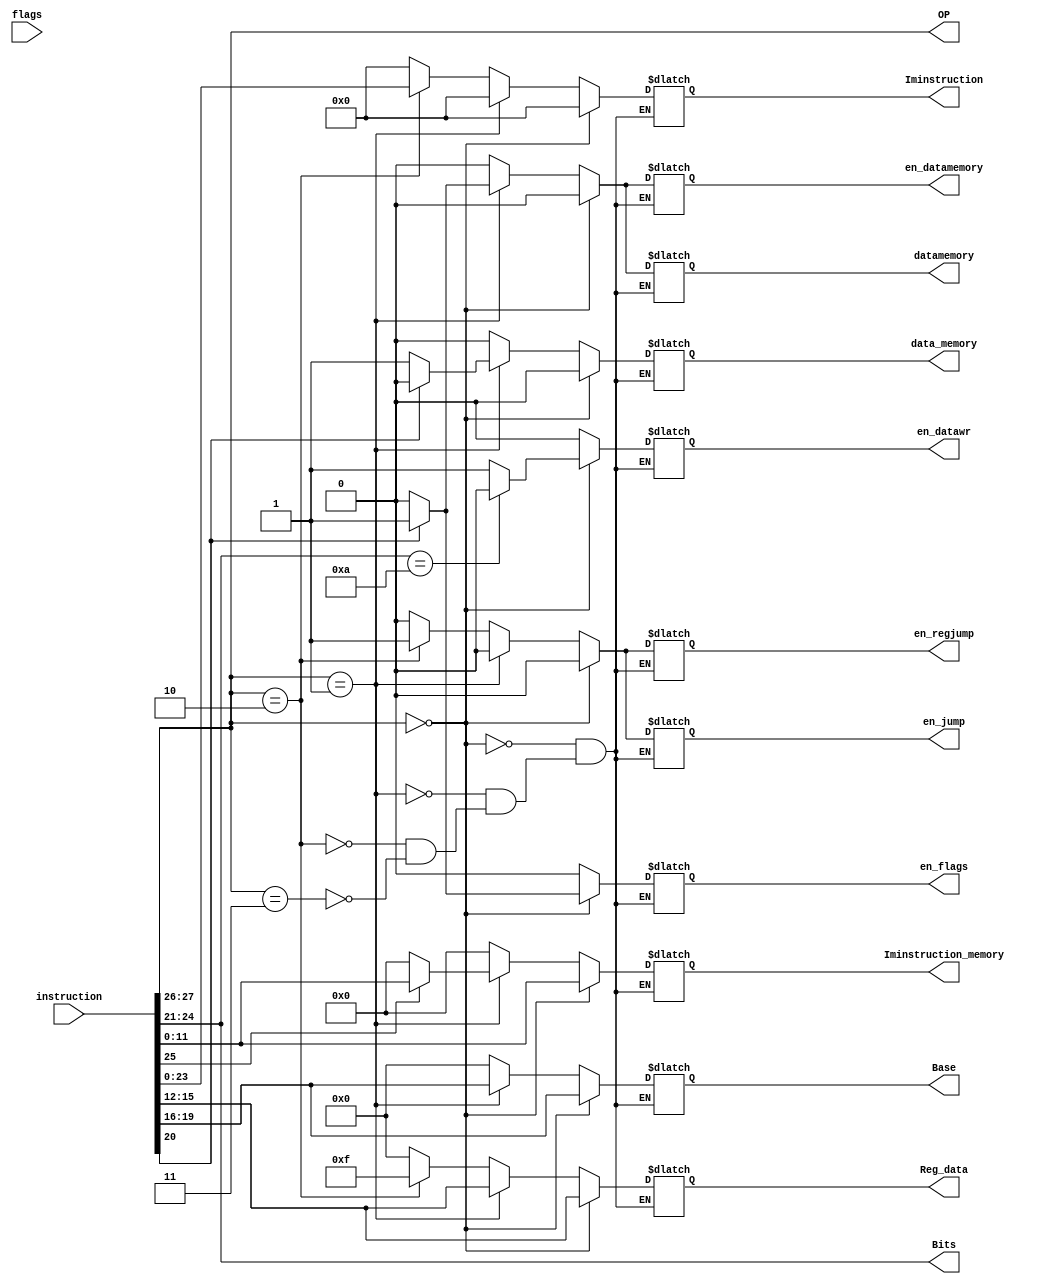
module hw8(
		input [31:0] instruction,
		input [3:0] flags,
		output reg [1:0] OP,
		output reg [3:0] Base, Bits, Reg_data,
		output reg [23:0] Iminstruction,
		output reg [11:0] Iminstruction_memory,
		output reg en_jump, en_regjump,en_flags, en_datawr, datamemory, data_memory, en_datamemory
    );
		
		
		reg s, i;
		
		always @(*)
		begin
			Bits<=instruction[24:21];
			OP<=instruction[27:26];
			s<=instruction[20];
			i<=instruction[25];
			
			if(OP==0)
				begin
					en_jump <=0;
					en_regjump<=0;
					Iminstruction <=0;
					Base <=instruction[19:16];
					Reg_data <= instruction[15:12];
					datamemory <=0;
					Iminstruction_memory <=instruction[11:0];
					data_memory <= 0;
					en_datamemory<=0;
						if(s==1)
							en_flags<=1;
						else
							en_flags<=0;
						if (Bits == 10)
							en_datawr <=0;
						else
							en_datawr <=1;
				end
			else if(OP==1)
				begin
					en_jump <=0;
					en_regjump<=0;
					Iminstruction <=0;
					en_flags <= 0;
					en_datawr<=0;
					Base <= instruction[19:16];
					Reg_data <= instruction[15:12];
					en_datamemory<=1;
						if(s==1)
							begin
								datamemory <= 1;
								data_memory <= 0;
								en_datamemory<=1;
							end
						else
							begin
								datamemory <= 0;
								data_memory <= 1;
								en_datamemory<=0;
							end
							
							
						if(i==1)
							Iminstruction_memory<=instruction[11:0];
						else
							Iminstruction_memory<=0;
				end
				
			else if(OP==2)
				begin
					en_jump <=1;
					en_regjump<=1;
					Iminstruction <=instruction[23:0];
					en_flags <= 0;
					en_datawr<=0;
					Base <= 0;
					Reg_data <= 15;
					en_datamemory<=0;
					Iminstruction_memory<=0;
					data_memory<=0;
					datamemory<=0;
				end
			else if(OP==3)
				begin
					en_jump <=0;
					en_regjump<=0;
					Iminstruction <=0;
					en_flags <= 0;
					en_datawr<=0;
					Base <= 0;
					Reg_data <= 0;
					en_datamemory<=0;
					datamemory<=0;
					data_memory<=0;
					Iminstruction_memory<=0;
				end
			
		end
					

endmodule